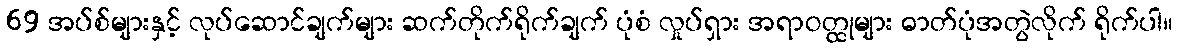
69 အပ်စ်များနှင့် လုပ်ဆောင်ချက်များ ဆက်တိုက်ရိုက်ချက် ပုံစံ လှုပ်ရှား အရာဝတ္ထုများ ဓာတ်ပုံအတွဲလိုက် ရိုက်ပါ။